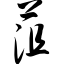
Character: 菹